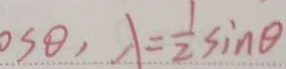
o s \theta , \lambda = \frac { 1 } { 2 } \sin \theta